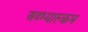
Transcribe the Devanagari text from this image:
अब्भ्यास्क्रम